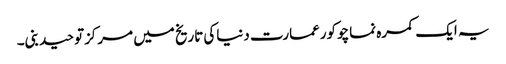
یہ ایک کمرہ نماچوکورعمارت دنیاکی تاریخ میں مرکزتوحیدبنی۔